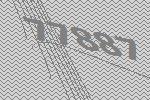
77887